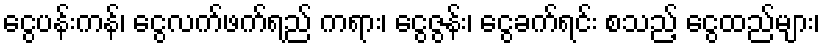
ငွေပန်းကန်၊ ငွေလက်ဖက်ရည် ကရား၊ ငွေဇွန်း၊ ငွေခက်ရင်း စသည့် ငွေထည်များ၊